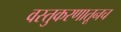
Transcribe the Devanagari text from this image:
वस्तुकरणातूनच